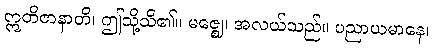
ဣတိဇာနာတိ၊ ဤသို့သိ၏။ မဇ္ဈေ၊ အလယ်သည်။ ပညာယမာနေ၊